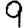
Digit: 9